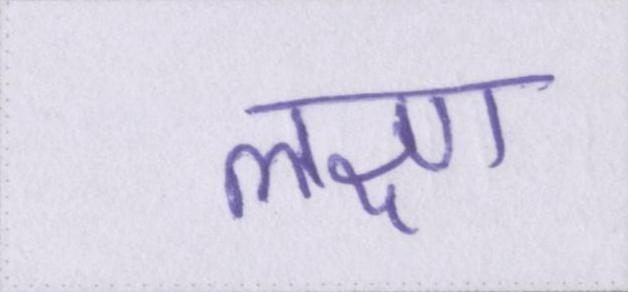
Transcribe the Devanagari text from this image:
लक्ष्ण